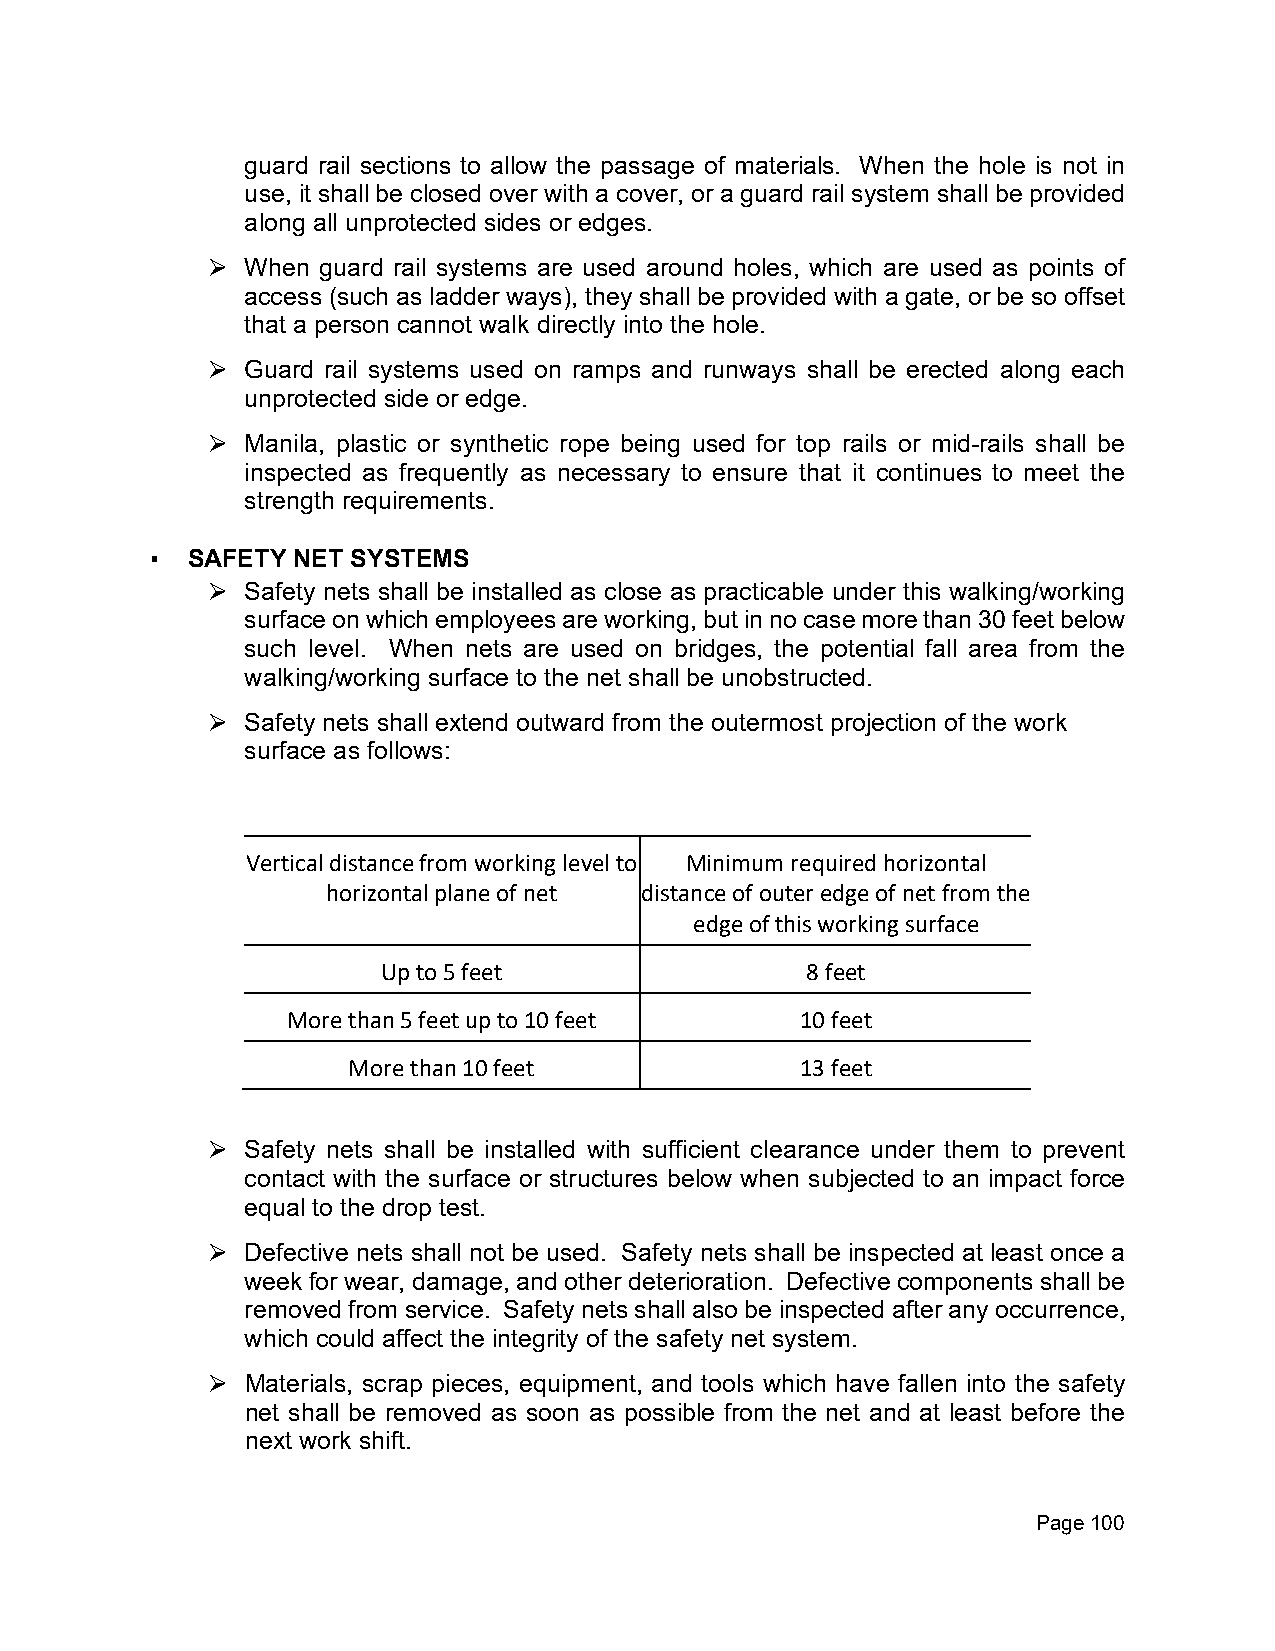
guard rail sections to allow the passage of materials. When the hole is not in
 use, it shall be closed over with a cover, or a guard rail system shall be provided
 along all unprotected sides or edges.
 When guard rail systems are used around holes, which are used as points of
 ⮚
 access (such as ladder ways), they shall be provided with a gate, or be so offset
 that a person cannot walk directly into the hole.
 Guard rail systems used on ramps and runways shall be erected along each
 ⮚
 unprotected side or edge.
 Manila, plastic or synthetic rope being used for top rails or mid-rails shall be
 ⮚
 inspected as frequently as necessary to ensure that it continues to meet the
 strength requirements.
 ▪ SAFETY NET SYSTEMS
 Safety nets shall be installed as close as practicable under this walking/working
 ⮚
 surface on which employees are working, but in no case more than 30 feet below
 such level. When nets are used on bridges, the potential fall area from the
 walking/working surface to the net shall be unobstructed.
 Safety nets shall extend outward from the outermost projection of the work
 ⮚
 surface as follows:
 Vertical distance from working level to Minimum required horizontal
 horizontal plane of net distance of outer edge of net from the
 edge of this working surface
 Up to 5 feet                8 feet
 More than 5 feet up to 10 feet    10 feet
 More than 10 feet             13 feet
 Safety nets shall be installed with sufficient clearance under them to prevent
 ⮚
 contact with the surface or structures below when subjected to an impact force
 equal to the drop test.
 Defective nets shall not be used. Safety nets shall be inspected at least once a
 ⮚
 week for wear, damage, and other deterioration. Defective components shall be
 removed from service. Safety nets shall also be inspected after any occurrence,
 which could affect the integrity of the safety net system.
 Materials, scrap pieces, equipment, and tools which have fallen into the safety
 ⮚
 net shall be removed as soon as possible from the net and at least before the
 next work shift.
 Page 100